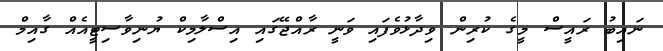
ނައިބު ރައީސް މީގެ ކުރިން ވިދާޅުވެފައި ވަނީ ރާއްޖޭގައި އިސްލާމިކް ޔުނިވާސިޓީއެއް ގާއިމް